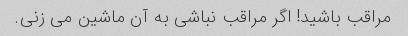
مراقب باشید! اگر مراقب نباشی به آن ماشین می زنی.